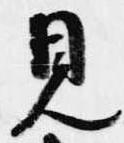
見